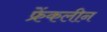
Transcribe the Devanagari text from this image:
फ्रेंकलीन